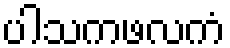
ပါသကဖလကံ